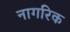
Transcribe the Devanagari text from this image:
नागरिक